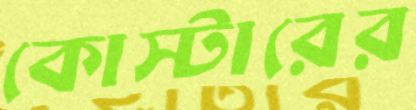
কোস্টারের